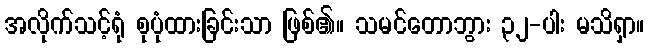
အလိုက်သင့်ရုံ စုပုံထားခြင်းသာ ဖြစ်၏။ သမင်တောဘွား ၃၂-ပါး မသိရှာ။